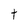
Character: t